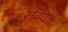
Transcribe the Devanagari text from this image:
रविया